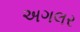
અગલર